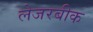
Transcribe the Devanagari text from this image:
लेजरबीक